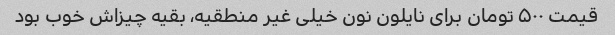
قیمت ۵۰۰ تومان برای نایلون نون خیلی غیر منطقیه، بقیه چیزاش خوب بود